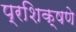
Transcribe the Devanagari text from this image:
प्रशिक्षणे